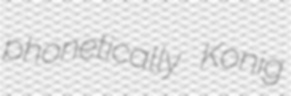
phonetically Konig